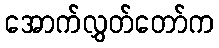
အောက်လွှတ်တော်က